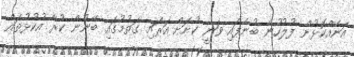
އަނެއްކޮޅުން ފުލުހުން ބުނެފައި ވަނީ ކުށަށް އަރައި ގަތުމުގައި ބޭނުން ކުރާ އުކުޅުތައް